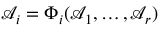
{ \mathcal { A } } _ { i } = \Phi _ { i } ( { \mathcal { A } } _ { 1 } , \dots , { \mathcal { A } } _ { r } )